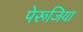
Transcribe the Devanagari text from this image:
पेरूजिया